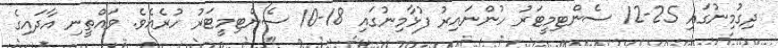
ދިގުމިނުގައި 25-12 ސެންޓިމީޓަރު ހުންނައިރު ފުޅާމިނުގައި 18-10 ސެންޓިމީޓަރު ހުރެއެވެ. ވައްތީނި އާދައިގެ